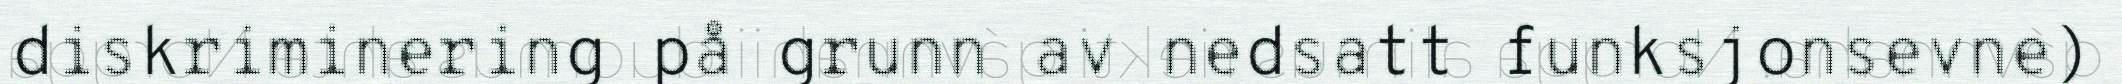
diskriminering på grunn av nedsatt funksjonsevne)